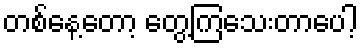
တစ်နေ့တော့ တွေ့ကြသေးတာပေါ့